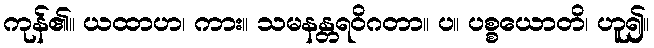
ကုန်၏။ ယထာဟ၊ ကား။ သမနန္တရဝိဂတာ။ ပ။ ပစ္စယောတိ၊ ဟူ၍။